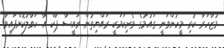
މުޒާހަރާ ކުރި މީހުންވަނީ ގައުމުގެ ވެރިކަމަކީ ރައްޔިތުން ރައީސާ ޕާކް އާ ހަވާލުކޮށްފައިވާ